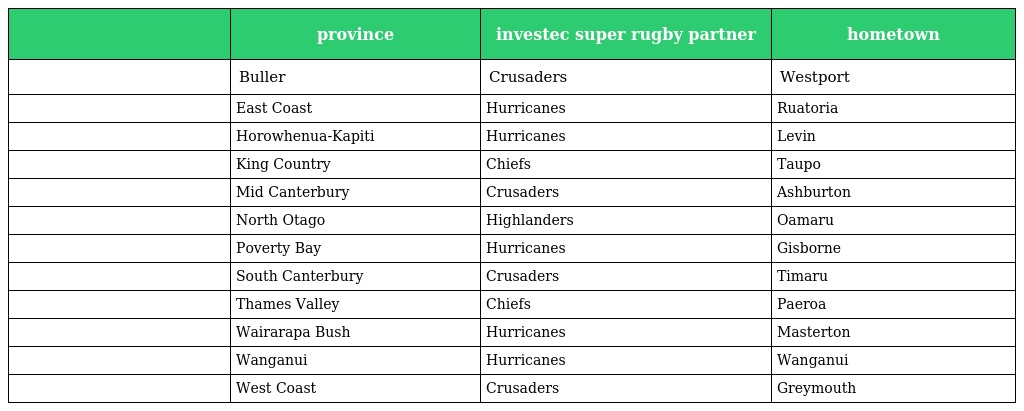
|  | province | investec super rugby partner | hometown |
 | --- | --- | --- | --- |
 |  | Buller | Crusaders | Westport |
 |  | East Coast | Hurricanes | Ruatoria |
 |  | Horowhenua-Kapiti | Hurricanes | Levin |
 |  | King Country | Chiefs | Taupo |
 |  | Mid Canterbury | Crusaders | Ashburton |
 |  | North Otago | Highlanders | Oamaru |
 |  | Poverty Bay | Hurricanes | Gisborne |
 |  | South Canterbury | Crusaders | Timaru |
 |  | Thames Valley | Chiefs | Paeroa |
 |  | Wairarapa Bush | Hurricanes | Masterton |
 |  | Wanganui | Hurricanes | Wanganui |
 |  | West Coast | Crusaders | Greymouth |